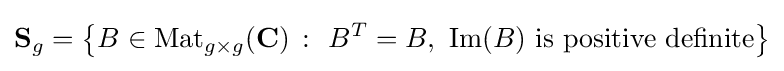
\mathbf {S} _{g}=\left\{B\in \mathrm {Mat} _{g\times g}(\mathbf {C} )\ \colon \ B^{T}=B,\ {\text{Im}}(B){\text{ is positive definite}}\right\}